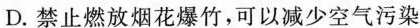
D.禁止燃放烟花爆竹，可以减少空气污染